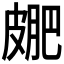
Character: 𭽮